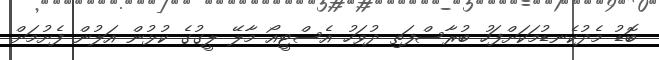
ބޮޑު މެދުކެނޑުމަކަށްފަހު ބުރާސްފަތި ދުވަހު އެސްޓީއޯ މާލޭ ލީގުގެ ކުޅުން އަލުން ފެށުމަށް